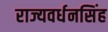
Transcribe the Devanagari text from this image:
राज्यवर्धनसिंह